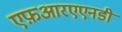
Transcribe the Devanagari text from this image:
एफ़आरएएनडी